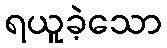
ရယူခဲ့သော